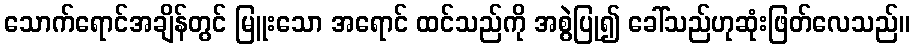
သောက်ရောင်အချိန်တွင် မြူးသော အရောင် ထင်သည်ကို အစွဲပြု၍ ခေါ်သည်ဟုဆုံးဖြတ်လေသည်။